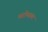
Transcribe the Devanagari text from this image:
थरोमगम